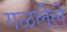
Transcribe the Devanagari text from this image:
गळलेले